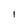
Character: l